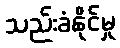
သည်းခံနိုင်မှု